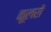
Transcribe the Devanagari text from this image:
कूलरों